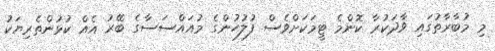
މި މުބާރާތުގައި ވާދަކުރާ ކޮންމެ ޓީމަކަށްވެސް ފުލުހުންގެ މުއައްސަސާގެ ބޭރު އެއް ކުޅުންތެރިޔަކު